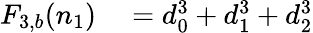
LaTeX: \begin{array}{rl}{F_{3,b}(n_{1})}&{{}=d_{0}^{3}+d_{1}^{3}+d_{2}^{3}}\end{array}